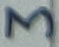
Text: 3